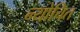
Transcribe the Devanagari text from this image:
न्योचित